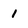
Character: l